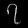
Digit: ၇